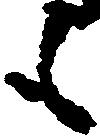
も